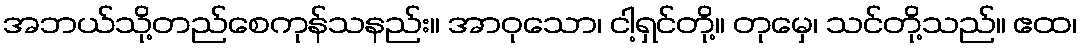
အဘယ်သို့တည်စေကုန်သနည်း။ အာဝုသော၊ ငါ့ရှင်တို့။ တုမှေ၊ သင်တို့သည်။ ဧထ၊